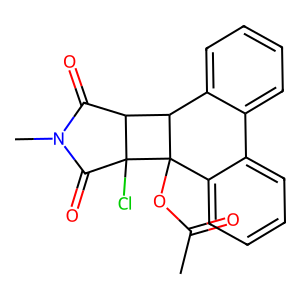
SMILES: CC(=O)OC12c3ccccc3-c3ccccc3C1C1C(=O)N(C)C(=O)C12Cl
Inhibits HIV replication: No